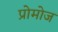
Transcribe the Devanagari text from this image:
प्रोमोज